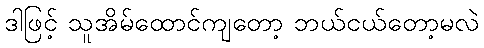
ဒါဖြင့် သူအိမ်ထောင်ကျတော့ ဘယ်ငယ်တော့မလဲ